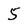
Character: 5